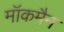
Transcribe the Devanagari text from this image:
मॉकमैन